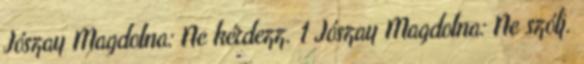
Jószay Magdolna: Ne kérdezz. 1 Jószay Magdolna: Ne szólj.